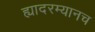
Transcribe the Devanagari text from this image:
ह्यादरम्यानच